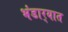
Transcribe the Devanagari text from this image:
भंडार्‍यात